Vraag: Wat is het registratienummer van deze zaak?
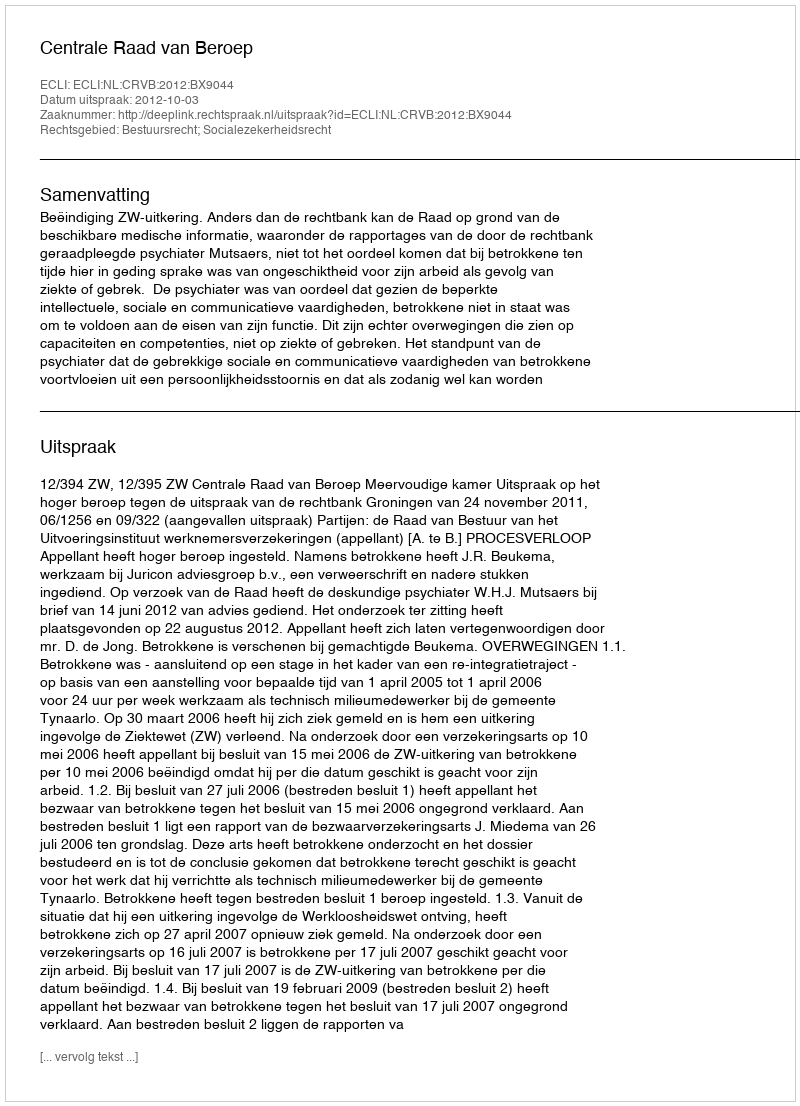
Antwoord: http://deeplink.rechtspraak.nl/uitspraak?id=ECLI:NL:CRVB:2012:BX9044